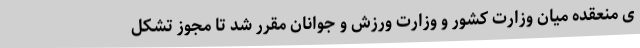
ی منعقده میان وزارت کشور و وزارت ورزش و جوانان مقرر شد تا مجوز تشکل